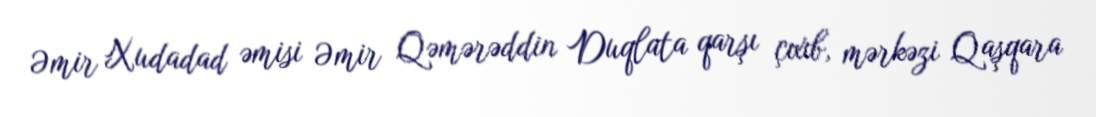
Əmir Xudadad əmisi Əmir Qəmərəddin Duqlata qarşı çıxıb, mərkəzi Qaşqara